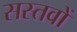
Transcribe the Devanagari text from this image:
सस्तवों